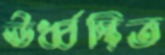
ঊর্ধ্বস্থিত